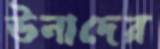
উনাদের